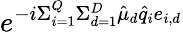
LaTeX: e^{-i\Sigma_{i=1}^{Q}\Sigma_{d=1}^{D}\hat{\mu}_{d}\hat{q}_{i}e_{i,d}}